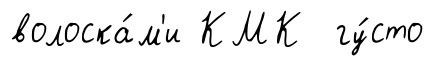
волоска́м'и КМК гу́сто